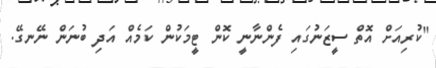
"ކުރިއަށް އޮތް ސީޒަނުގައި ފެންނާނީ ކޮން ޓީމަކުން ކަމެއް އަދި ބުނަން ނޭނގޭ.